system: You are a helpful assistant.
user:
Analyze the provided spectrum to determine if it is a **M-type Giant (gM)**.

A M-type Giant spectrum is defined by its **strong molecular absorption** features, particularly from **Titanium Oxide (TiO)**. You must check for one of the following mutually exclusive signatures:

- **Key Visual Indicators (Absorption-Dominated Spectrum):**

    - **(Primary):** The spectrum is dominated by strong molecular absorption from **Titanium Oxide (TiO)**. This is the **defining feature** of its M-type temperature class.
        - **(Key Bandheads):** Look for sharp, "saw-tooth" absorption valleys. The strongest are located near **~7050 Å**, **~6160 Å**, and **~5170 Å**.
        - **(Line Profile):** The "saw-tooth" morphology is critical: a **sharp, steep drop on the BLUE (short-wavelength) side** of the bandhead, followed by a gradual recovery (rising flux) towards the RED (long-wavelength) side.

    - **(Key Confirmation - Giant vs. Dwarf):** **ABSENCE** of strong **Calcium Hydride (CaH)** molecular bands. This is the primary diagnostic for *excluding* M-dwarfs.
        - **(Key Region):** The spectrum should lack the strong, broad absorption band seen in dwarfs between **~6800 Å and ~7000 Å**.

    - **(Secondary Confirmation - Giant):** A very strong and broad **Neutral Calcium (Ca I)** atomic absorption line.
        - **(Key Line):** Located at **~4226 Å**. In a giant (gM), this line is significantly deeper and broader than the same line in an M-dwarf (dM) due to low surface gravity.

    - **(Overall Spectrum):**
        - The continuum is **extremely red-sloping** (i.e., flux is very low in the blue and rises dramatically towards the red).
        - The entire spectrum appears "chopped up" by the deep TiO bands.

Think first, call **spectral_visualization_tool** if needed to examine features in detail, then provide your final answer. Your response must adhere to the following strict rules:
1.  **Overall Structure:** Your response must follow the format `<think>...</think> <tool_call>...</tool_call> (if a tool is used) <answer>...</answer>`.
2.  **Tool Usage Constraint:** You may only make **one** tool call per turn.
3.  **Final Answer Format:** In the `<answer>` tag, your conclusion must be inside a `\boxed{}` command (e.g., `\boxed{YES}` or `\boxed{NO}`), followed by your justification.

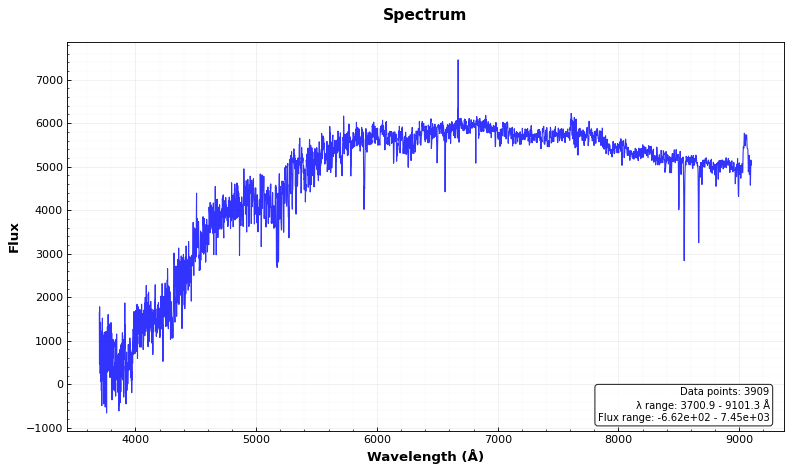
Answer: NO